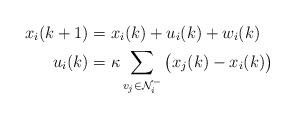
LaTeX: \begin{align*} x_i(k+1) &= x_i(k) + u_i(k) + w_i(k) \\ u_i(k) &= \kappa \sum_{v_j \in \mathcal{N}_i^-} \big(x_j(k) - x_i(k)\big) \end{align*}